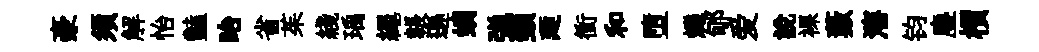
豪须解怡豔眙省茱綫瑀繩韔遜螭弹頸廼衝和墮爍郇爱說裸藪瀋钧塵檟